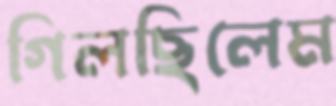
গিলছিলেম